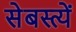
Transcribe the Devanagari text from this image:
सेबस्त्यें